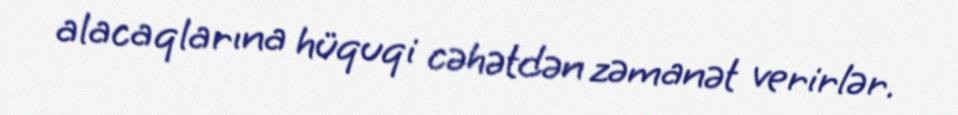
alacaqlarına hüquqi cəhətdən zəmanət verirlər.